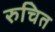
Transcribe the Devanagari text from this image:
रुचित